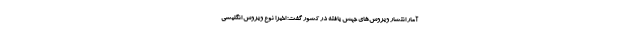
آمار انتشار ویروس‌های جهش یافته در کشور گفت: اخیرا نوع ویروس انگلیسی